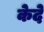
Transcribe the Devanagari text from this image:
केदे